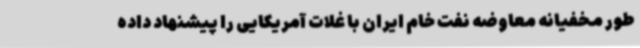
طور مخفیانه معاوضه نفت خام ایران با غلات آمریکایی را پیشنهاد داده